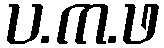
ပ.က.ဖ